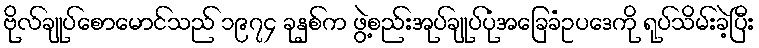
ဗိုလ်ချုပ်စောမောင်သည် ၁၉၇၄ ခုနှစ်က ဖွဲ့စည်းအုပ်ချုပ်ပုံအခြေခံဥပဒေကို ရုပ်သိမ်းခဲ့ပြီး